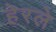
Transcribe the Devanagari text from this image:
हेरलेे